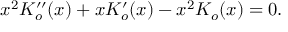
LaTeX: x ^ { 2 } K _ { o } ^ { \prime \prime } ( x ) + x K _ { o } ^ { \prime } ( x ) - x ^ { 2 } K _ { o } ( x ) = 0 . \nonumber